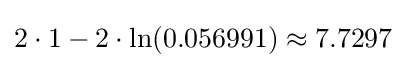
2\cdot 1-2\cdot \ln(0.056991)\approx 7.7297